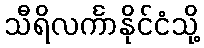
သီရိလင်္ကာနိုင်ငံသို့